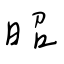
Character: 昭